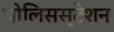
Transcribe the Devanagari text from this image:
पोलिसस्टेशन